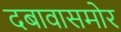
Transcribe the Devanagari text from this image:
दबावासमोर